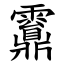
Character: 䨶